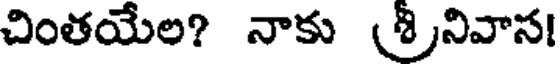
చింతయేల? నాకు (నివాస!